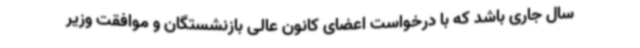
سال جاری باشد که با درخواست اعضای کانون عالی بازنشستگان و موافقت وزیر